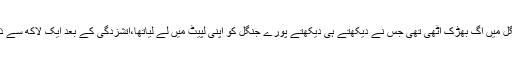
تفصیلات کے مطابق گزشتہ ہفتے کینیڈا کے صوبہ البرٹا میں واقع جنگل میں آگ بھڑک اُٹھی تھی جس نے دیکھتے ہی دیکھتے پورے جنگل کو اپنی لپیٹ میں لے لیاتھا،آتشزدگی کے بعد ایک لاکھ سے ذائد مقامی افراد علاقہ مک مرے سے نقل مکانی پر مجبور ہوگئے ہیں۔